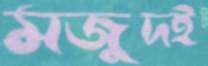
মজুদই